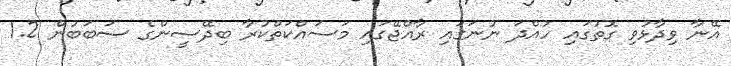
އޭނާ ވިދާޅުވި ގޮތުގައި ހުއްދަ ނުނަގައި ރާއްޖޭގައި މަސައްކަތްކުރާ ބިދޭސީންގެ ސަބަބުން 1.2